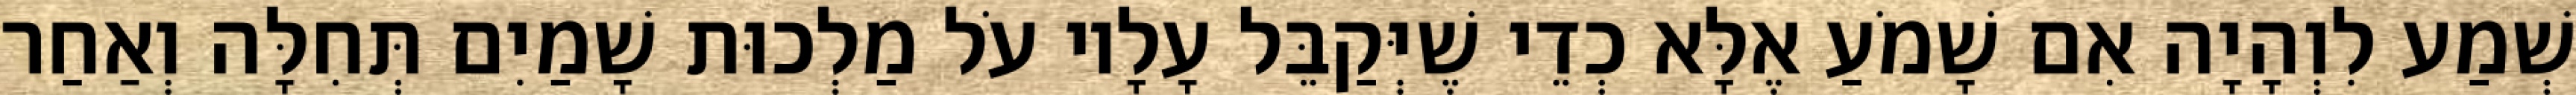
שְׁמַע לִוְהָיָה אִם שָׁמֹעַ אֶלָּא כְדֵי שֶׁיְּקַבֵּל עָלָיו עֹל מַלְכוּת שָׁמַיִם תְּחִלָּה וְאַחַר